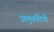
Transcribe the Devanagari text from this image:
अमुकतियौ